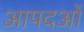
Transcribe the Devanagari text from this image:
आपदओं